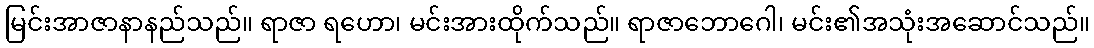
မြင်းအာဇာနာနည်သည်။ ရာဇာ ရဟော၊ မင်းအားထိုက်သည်။ ရာဇာဘောဂေါ၊ မင်း၏အသုံးအဆောင်သည်။